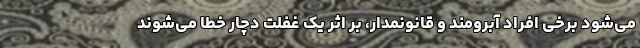
می‌شود برخی افراد آبرومند و قانونمدار، بر اثر یک غفلت دچار خطا می‌شوند